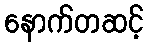
နောက်တဆင့်